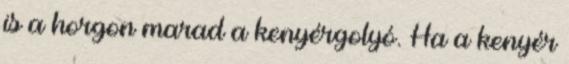
is a horgon marad a kenyérgolyó. Ha a kenyér